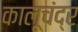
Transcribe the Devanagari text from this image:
कालूचंद्र